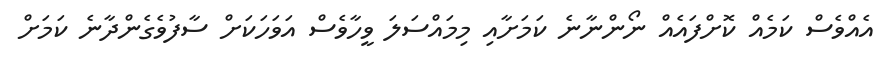
އެއްވެސް ކަމެއް ކޮށްފައެއް ނޯންނާނެ ކަމަށާއި މިމައްސަލަ ވީހާވެސް އަވަހަކަށް ސާފުވެގެންދާނެ ކަމަށް